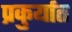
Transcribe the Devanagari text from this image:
प्रकुर्यात